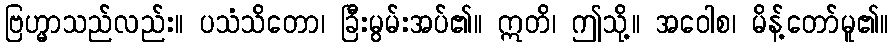
ဗြဟ္မာသည်လည်း။ ပသံသိတော၊ ခြီးမွမ်းအပ်၏။ ဣတိ၊ ဤသို့။ အဝေါစ၊ မိန့်တော်မူ၏။